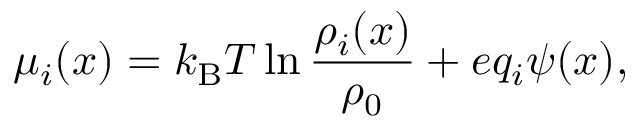
\mu _ { i } ( x ) = k _ { \mathrm { B } } T \ln \frac { \rho _ { i } ( x ) } { \rho _ { 0 } } + e q _ { i } \psi ( x ) ,